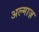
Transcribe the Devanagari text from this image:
अल्माज़